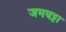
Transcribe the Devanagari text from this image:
जमघट्टा